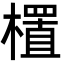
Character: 㯰